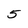
Character: 5